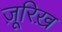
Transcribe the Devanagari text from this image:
ज़ूरिख़